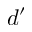
d ^ { \prime }